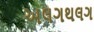
અલગથલગ